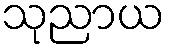
သုညာယ